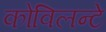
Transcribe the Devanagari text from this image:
कोविलन्टे